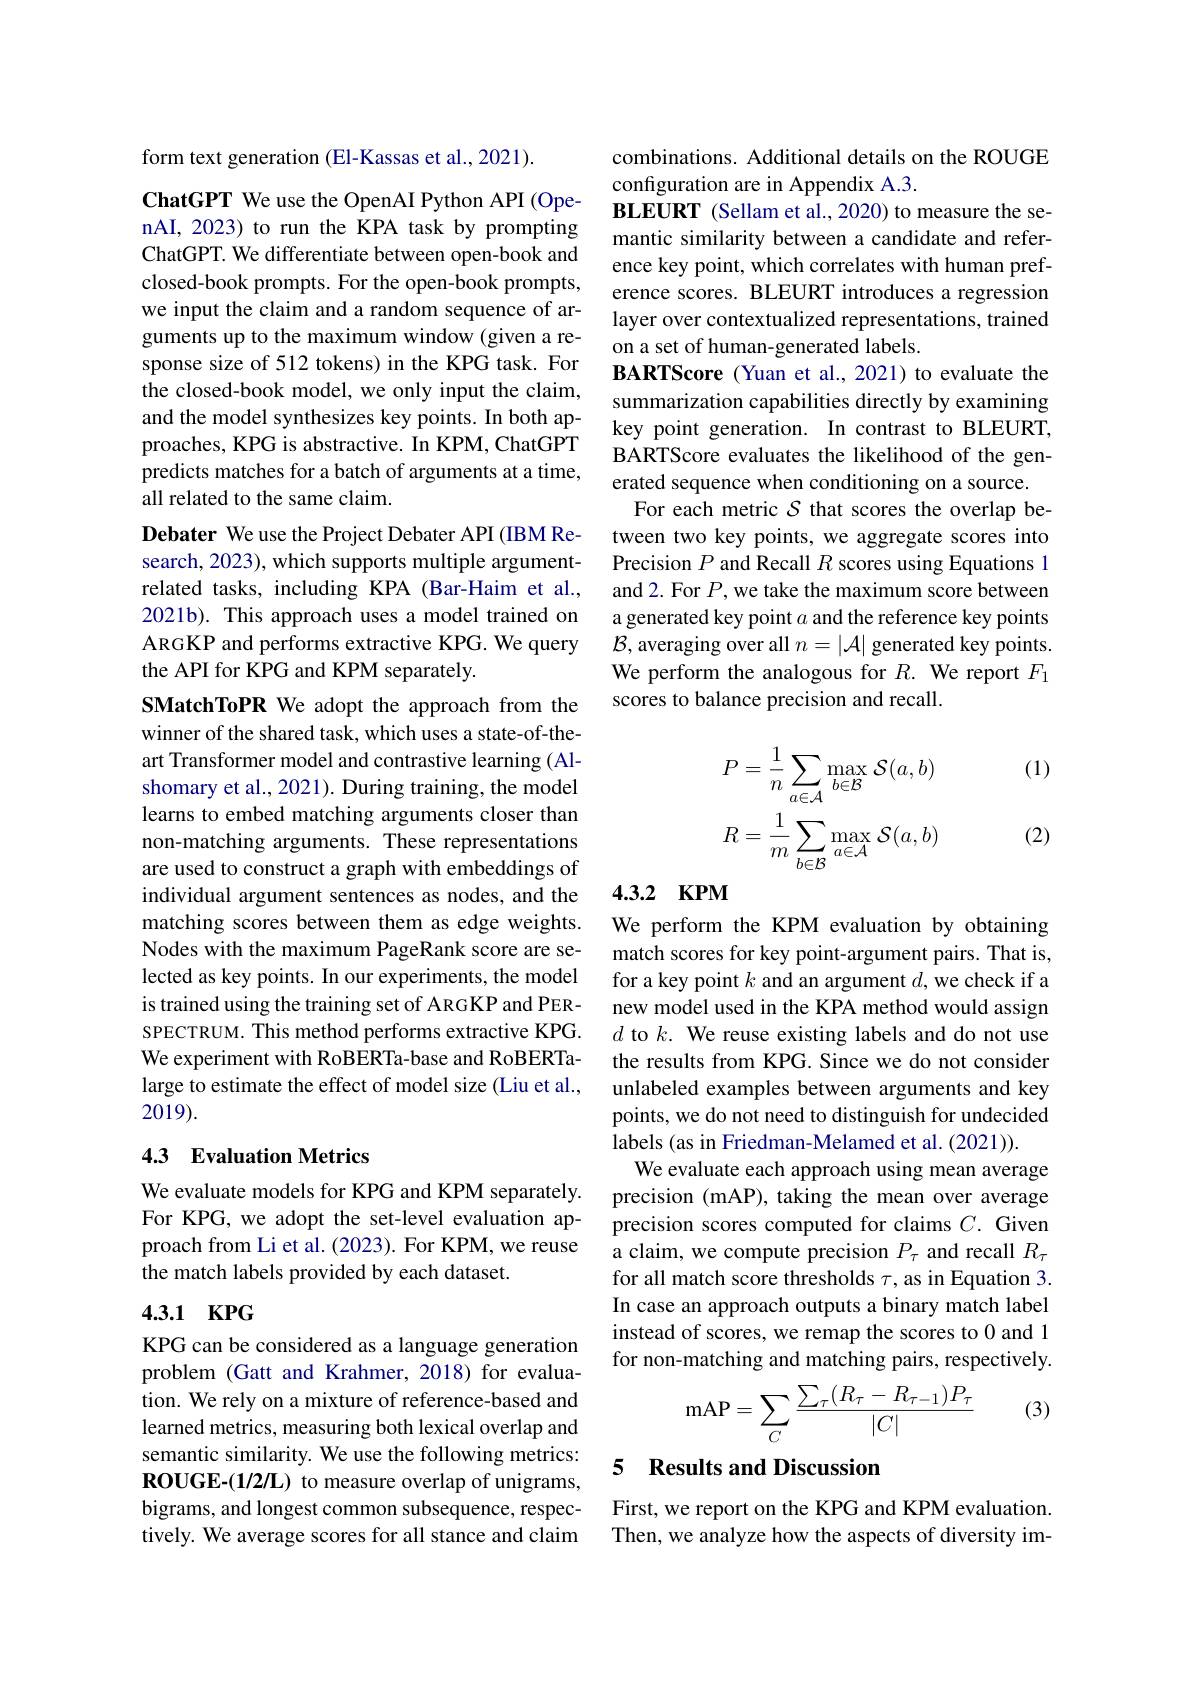
form text generation (El-Kassas et al.,2021).

ChatGPT We use the OpenAI Python API (OpenAI, 2023) to run the $\hat{\text{KPA task by prompting}}$ ChatGPT. We differentiate between open-book and closed-book prompts. For the open-book prompts, we input the claim and a random sequence of arguments up to the maximum window (given a response size of 512 tokens) in the KPG task. For the closed-book model, we only input the claim, and the model synthesizes key points. In both approaches, KPG is abstractive. In KPM, ChatGPT predicts matches for a batch of arguments at a time, all related to the same claim.
Debater We use the Project Debater API (IBM Research, 2023), which supports multiple argumentrelated tasks, including KPA (Bar-Haim et al., 2021b). This approach uses a model trained on ARGKP and performs extractive KPG. We query the API for KPG and KPM separately.
SMatchToPR We adopt the approach from the winner of the shared task, which uses a state-of-theart Transformer model and contrastive learning (Alshomary et al., 2021). During training, the model learns to embed matching arguments closer than non-matching arguments. These representations are used to construct a graph with embeddings of individual argument sentences as nodes, and the matching scores between them as edge weights. Nodes with the maximum PageRank score are selected as key points. In our experiments, the model is trained using the training set of ARGKP and PERSPECTRUM. This method performs extractive KPG. We experiment with RoBERTa-base and RoBERTalarge to estimate the effect of model size (Liu et al., 2019).

## 4.3 Evaluation Metrics

We evaluate models for KPG and KPM separately. For KPG, we adopt the set-level evaluation approach from Li et al. (2023). For KPM, we reuse the match labels provided by each dataset.

### 4.3.1 $\mathbf{KPG}$

KPG can be considered as a language generation problem (Gatt and Krahmer, 2018) for evaluation. We rely on a mixture of reference-based and learned metrics, measuring both lexical overlap and semantic similarity. We use the following metrics: ROUGE-(1/2/L) to measure overlap of unigrams, bigrams, and longest common subsequence, respectively. We average scores for all stance and claim

combinations. Additional details on the ROUGE
configuration are in Appendix A.3.
BLEURT (Sellam et al., 2020) to measure the semantic similarity between a candidate and reference key point, which correlates with human preference scores. BLEURT introduces a regression layer over contextualized representations, trained on a set of human-generated labels.
BARTScore (Yuan et al., 2021) to evaluate the summarization capabilities directly by examining key point generation. In contrast to BLEURT, BARTScore evaluates the likelihood of the generated sequence when conditioning on a source.
For each metric $S$ that scores the overlap between two key points, we aggregate scores into Precision $P$ and Recall $R$ scores using Equations 1 and 2. For $P$, we take the maximum score between a generated key point $a$ and the reference key points $\mathcal{B}$, averaging over all $n=|\mathcal{A}|$ generated key points. We perform the analogous for $R.$ We report $F_1$ scores to balance precision and recall.

(1)
$$P=\frac{1}{n}\sum_{a\in\mathcal{A}}\max_{b\in\mathcal{B}}\mathcal{S}(a,b)\\R=\frac{1}{m}\sum_{b\in\mathcal{B}}\max_{a\in\mathcal{A}}\mathcal{S}(a,b)$$
(2)

## 4.3.2 KPM

We perform the KPM evaluation by obtaining match scores for key point-argument pairs. That is, for a key point $k$ and an argument $d$, we check if a new model used in the KPA method would assign $d$ to $k.$ We reuse existing labels and do not use the results from KPG. Since we do not consider unlabeled examples between arguments and key points, we do not need to distinguish for undecided labels (as in Friedman-Melamed et al. (2021)).
We evaluate each approach using mean average precision (mAP), taking the mean over average precision scores computed for claims $C.$ Given a claim, we compute precision $P_\tau$ and recall $R_\tau$ for all match score thresholds $\tau$, as in Equation 3. In case an approach outputs a binary match label instead of scores, we remap the scores to 0 and 1 for non-matching and matching pairs, respectively.
$$\text{mAP}=\sum\limits_{C}\frac{\sum\limits_{\tau}(R_{\tau}-R_{\tau-1})P_{\tau}}{|C|}$$
(3)

## 5 Results and Discussion

First, we report on the KPG and KPM evaluation. Then, we analyze how the aspects of diversity im-